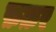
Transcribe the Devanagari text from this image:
फ़क़र